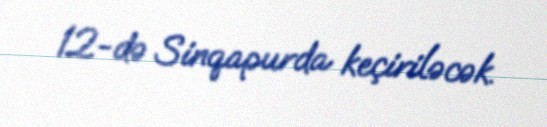
12-də Sinqapurda keçiriləcək.